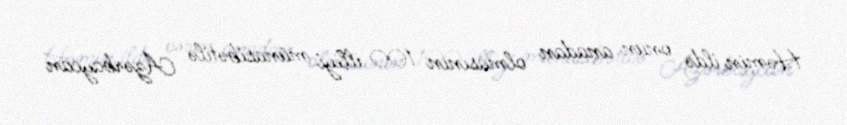
Həmin ildə onun anadan olmasının 100 illiyi münasibətilə Azərbaycan